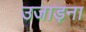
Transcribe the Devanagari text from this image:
उजाड़ना